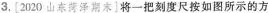
3.\begin{bmatrix} 2020 山东菏泽期末\end{bmatrix} 将一把刻度尺按如图所示的方